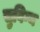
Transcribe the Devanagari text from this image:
सुविग्य